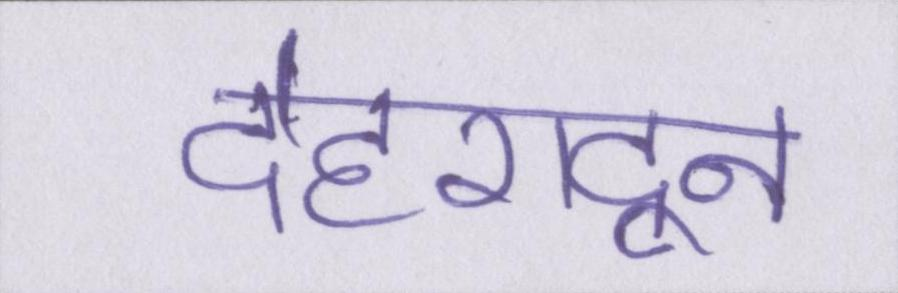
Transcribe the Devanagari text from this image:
देहरादून